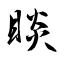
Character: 睒